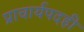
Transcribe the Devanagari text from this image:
प्राचार्यपदही